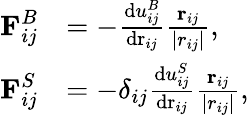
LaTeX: \begin{array}{rl}{\textbf{F}_{ij}^{B}}&{=-\frac{\mathrm{d}u_{ij}^{B}}{\mathrm{dr}_{ij}}\frac{\textbf{r}_{ij}}{|r_{ij}|},}\\ {\textbf{F}_{ij}^{S}}&{=-\delta_{ij}\frac{\mathrm{d}u_{ij}^{S}}{\mathrm{dr}_{ij}}\frac{\textbf{r}_{ij}}{|r_{ij}|},}\end{array}